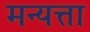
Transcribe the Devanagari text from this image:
मन्यत्ता